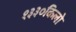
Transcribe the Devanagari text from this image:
१३३०किलो